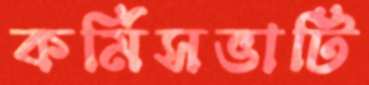
কর্মিসভাটি